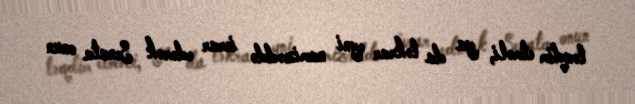
təqdim etməli, ya da təkrar eyni namizəddə israr edərək Senata onun